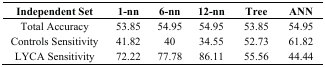
<table><thead><tr><td><b>Independent Set</b></td><td><b>1-nn</b></td><td><b>6-nn</b></td><td><b>12-nn</b></td><td><b>Tree</b></td><td><b>ANN</b></td></tr></thead><tbody><tr><td>Total Accuracy</td><td>53.85</td><td>54.95</td><td>54.95</td><td>53.85</td><td>54.95</td></tr><tr><td>Controls Sensitivity</td><td>41.82</td><td>40</td><td>34.55</td><td>52.73</td><td>61.82</td></tr><tr><td>LYCA Sensitivity</td><td>72.22</td><td>77.78</td><td>86.11</td><td>55.56</td><td>44.44</td></tr></tbody></table>